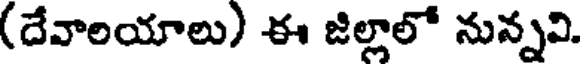
(దేవాలయాలు) ఈ జిల్లాలో నున్నవి.